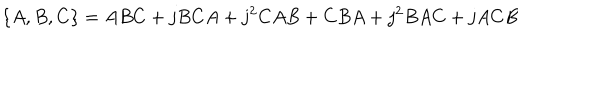
\{ A , B , C \} = A B C + j B C A + j ^ { 2 } C A B + C B A + j ^ { 2 } B A C + j A C B